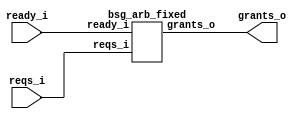


module top
(
  ready_i,
  reqs_i,
  grants_o
);

  input [15:0] reqs_i;
  output [15:0] grants_o;
  input ready_i;

  bsg_arb_fixed
  wrapper
  (
    .reqs_i(reqs_i),
    .grants_o(grants_o),
    .ready_i(ready_i)
  );


endmodule



module bsg_scan_width_p16_or_p1_lo_to_hi_p0
(
  i,
  o
);

  input [15:0] i;
  output [15:0] o;
  wire [15:0] o;
  wire t_3__15_,t_3__14_,t_3__13_,t_3__12_,t_3__11_,t_3__10_,t_3__9_,t_3__8_,t_3__7_,
  t_3__6_,t_3__5_,t_3__4_,t_3__3_,t_3__2_,t_3__1_,t_3__0_,t_2__15_,t_2__14_,
  t_2__13_,t_2__12_,t_2__11_,t_2__10_,t_2__9_,t_2__8_,t_2__7_,t_2__6_,t_2__5_,t_2__4_,
  t_2__3_,t_2__2_,t_2__1_,t_2__0_,t_1__15_,t_1__14_,t_1__13_,t_1__12_,t_1__11_,
  t_1__10_,t_1__9_,t_1__8_,t_1__7_,t_1__6_,t_1__5_,t_1__4_,t_1__3_,t_1__2_,t_1__1_,
  t_1__0_;
  assign t_1__15_ = i[15] | 1'b0;
  assign t_1__14_ = i[14] | i[15];
  assign t_1__13_ = i[13] | i[14];
  assign t_1__12_ = i[12] | i[13];
  assign t_1__11_ = i[11] | i[12];
  assign t_1__10_ = i[10] | i[11];
  assign t_1__9_ = i[9] | i[10];
  assign t_1__8_ = i[8] | i[9];
  assign t_1__7_ = i[7] | i[8];
  assign t_1__6_ = i[6] | i[7];
  assign t_1__5_ = i[5] | i[6];
  assign t_1__4_ = i[4] | i[5];
  assign t_1__3_ = i[3] | i[4];
  assign t_1__2_ = i[2] | i[3];
  assign t_1__1_ = i[1] | i[2];
  assign t_1__0_ = i[0] | i[1];
  assign t_2__15_ = t_1__15_ | 1'b0;
  assign t_2__14_ = t_1__14_ | 1'b0;
  assign t_2__13_ = t_1__13_ | t_1__15_;
  assign t_2__12_ = t_1__12_ | t_1__14_;
  assign t_2__11_ = t_1__11_ | t_1__13_;
  assign t_2__10_ = t_1__10_ | t_1__12_;
  assign t_2__9_ = t_1__9_ | t_1__11_;
  assign t_2__8_ = t_1__8_ | t_1__10_;
  assign t_2__7_ = t_1__7_ | t_1__9_;
  assign t_2__6_ = t_1__6_ | t_1__8_;
  assign t_2__5_ = t_1__5_ | t_1__7_;
  assign t_2__4_ = t_1__4_ | t_1__6_;
  assign t_2__3_ = t_1__3_ | t_1__5_;
  assign t_2__2_ = t_1__2_ | t_1__4_;
  assign t_2__1_ = t_1__1_ | t_1__3_;
  assign t_2__0_ = t_1__0_ | t_1__2_;
  assign t_3__15_ = t_2__15_ | 1'b0;
  assign t_3__14_ = t_2__14_ | 1'b0;
  assign t_3__13_ = t_2__13_ | 1'b0;
  assign t_3__12_ = t_2__12_ | 1'b0;
  assign t_3__11_ = t_2__11_ | t_2__15_;
  assign t_3__10_ = t_2__10_ | t_2__14_;
  assign t_3__9_ = t_2__9_ | t_2__13_;
  assign t_3__8_ = t_2__8_ | t_2__12_;
  assign t_3__7_ = t_2__7_ | t_2__11_;
  assign t_3__6_ = t_2__6_ | t_2__10_;
  assign t_3__5_ = t_2__5_ | t_2__9_;
  assign t_3__4_ = t_2__4_ | t_2__8_;
  assign t_3__3_ = t_2__3_ | t_2__7_;
  assign t_3__2_ = t_2__2_ | t_2__6_;
  assign t_3__1_ = t_2__1_ | t_2__5_;
  assign t_3__0_ = t_2__0_ | t_2__4_;
  assign o[15] = t_3__15_ | 1'b0;
  assign o[14] = t_3__14_ | 1'b0;
  assign o[13] = t_3__13_ | 1'b0;
  assign o[12] = t_3__12_ | 1'b0;
  assign o[11] = t_3__11_ | 1'b0;
  assign o[10] = t_3__10_ | 1'b0;
  assign o[9] = t_3__9_ | 1'b0;
  assign o[8] = t_3__8_ | 1'b0;
  assign o[7] = t_3__7_ | t_3__15_;
  assign o[6] = t_3__6_ | t_3__14_;
  assign o[5] = t_3__5_ | t_3__13_;
  assign o[4] = t_3__4_ | t_3__12_;
  assign o[3] = t_3__3_ | t_3__11_;
  assign o[2] = t_3__2_ | t_3__10_;
  assign o[1] = t_3__1_ | t_3__9_;
  assign o[0] = t_3__0_ | t_3__8_;

endmodule



module bsg_priority_encode_one_hot_out_width_p16_lo_to_hi_p0
(
  i,
  o,
  v_o
);

  input [15:0] i;
  output [15:0] o;
  output v_o;
  wire [15:0] o;
  wire v_o,N0,N1,N2,N3,N4,N5,N6,N7,N8,N9,N10,N11,N12,N13,N14;
  wire [14:1] scan_lo;

  bsg_scan_width_p16_or_p1_lo_to_hi_p0
  \nw1.scan 
  (
    .i(i),
    .o({ o[15:15], scan_lo, v_o })
  );

  assign o[14] = scan_lo[14] & N0;
  assign N0 = ~o[15];
  assign o[13] = scan_lo[13] & N1;
  assign N1 = ~scan_lo[14];
  assign o[12] = scan_lo[12] & N2;
  assign N2 = ~scan_lo[13];
  assign o[11] = scan_lo[11] & N3;
  assign N3 = ~scan_lo[12];
  assign o[10] = scan_lo[10] & N4;
  assign N4 = ~scan_lo[11];
  assign o[9] = scan_lo[9] & N5;
  assign N5 = ~scan_lo[10];
  assign o[8] = scan_lo[8] & N6;
  assign N6 = ~scan_lo[9];
  assign o[7] = scan_lo[7] & N7;
  assign N7 = ~scan_lo[8];
  assign o[6] = scan_lo[6] & N8;
  assign N8 = ~scan_lo[7];
  assign o[5] = scan_lo[5] & N9;
  assign N9 = ~scan_lo[6];
  assign o[4] = scan_lo[4] & N10;
  assign N10 = ~scan_lo[5];
  assign o[3] = scan_lo[3] & N11;
  assign N11 = ~scan_lo[4];
  assign o[2] = scan_lo[2] & N12;
  assign N12 = ~scan_lo[3];
  assign o[1] = scan_lo[1] & N13;
  assign N13 = ~scan_lo[2];
  assign o[0] = v_o & N14;
  assign N14 = ~scan_lo[1];

endmodule



module bsg_arb_fixed
(
  ready_i,
  reqs_i,
  grants_o
);

  input [15:0] reqs_i;
  output [15:0] grants_o;
  input ready_i;
  wire [15:0] grants_o,grants_unmasked_lo;

  bsg_priority_encode_one_hot_out_width_p16_lo_to_hi_p0
  enc
  (
    .i(reqs_i),
    .o(grants_unmasked_lo)
  );

  assign grants_o[15] = grants_unmasked_lo[15] & ready_i;
  assign grants_o[14] = grants_unmasked_lo[14] & ready_i;
  assign grants_o[13] = grants_unmasked_lo[13] & ready_i;
  assign grants_o[12] = grants_unmasked_lo[12] & ready_i;
  assign grants_o[11] = grants_unmasked_lo[11] & ready_i;
  assign grants_o[10] = grants_unmasked_lo[10] & ready_i;
  assign grants_o[9] = grants_unmasked_lo[9] & ready_i;
  assign grants_o[8] = grants_unmasked_lo[8] & ready_i;
  assign grants_o[7] = grants_unmasked_lo[7] & ready_i;
  assign grants_o[6] = grants_unmasked_lo[6] & ready_i;
  assign grants_o[5] = grants_unmasked_lo[5] & ready_i;
  assign grants_o[4] = grants_unmasked_lo[4] & ready_i;
  assign grants_o[3] = grants_unmasked_lo[3] & ready_i;
  assign grants_o[2] = grants_unmasked_lo[2] & ready_i;
  assign grants_o[1] = grants_unmasked_lo[1] & ready_i;
  assign grants_o[0] = grants_unmasked_lo[0] & ready_i;

endmodule